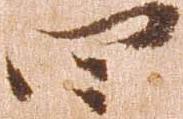
四